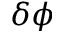
\delta \phi